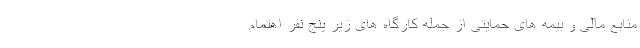
منابع مالی و بیمه های حمایتی از جمله کارگاه های زیر پنج نفر اهتمام